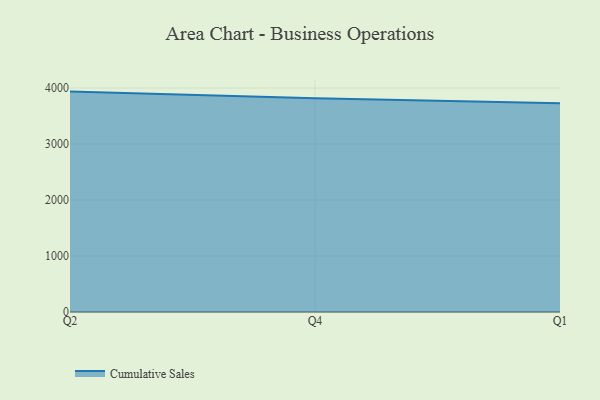
{"axis": {"x": "Quarter", "y": "Gross Profit (USD K)"}, "legend": ["Cumulative Sales"], "data": [{"x": "Q2", "y": 3937.2, "type": "Cumulative Sales"}, {"x": "Q4", "y": 3816.9, "type": "Cumulative Sales"}, {"x": "Q1", "y": 3729.3, "type": "Cumulative Sales"}]}